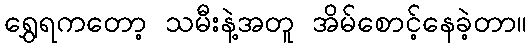
ရွှေရကတော့ သမီးနဲ့အတူ အိမ်စောင့်နေခဲ့တာ။